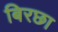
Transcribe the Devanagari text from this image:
बिरछा